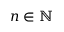
n \in \mathbb { N }